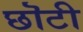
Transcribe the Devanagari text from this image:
छॊटी